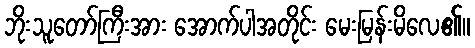
ဘိုးသူတော်ကြီးအား အောက်ပါအတိုင်း မေးမြန်းမိလေ၏။